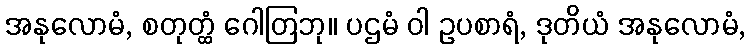
အနုလောမံ, စတုတ္ထံ ဂေါတြဘု။ ပဌမံ ဝါ ဥပစာရံ, ဒုတိယံ အနုလောမံ,